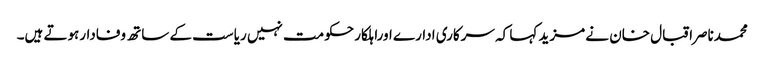
محمدناصراقبال خان نے مزید کہا کہ سرکاری ادارے اوراہلکار حکومت نہیں ریاست کے ساتھ وفادارہوتے ہیں۔